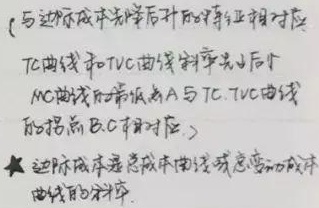
（与边际成本先降后升相对应）$TC$曲线和$TVC$曲线斜率先小后大，$MC$曲线的最低点$A$与$TC$、$TVC$曲线的拐点$B$、$C$相对应。★边际成本是总成本曲线或总变动成本曲线的斜率